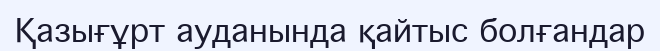
Қазығұрт ауданында қайтыс болғандар